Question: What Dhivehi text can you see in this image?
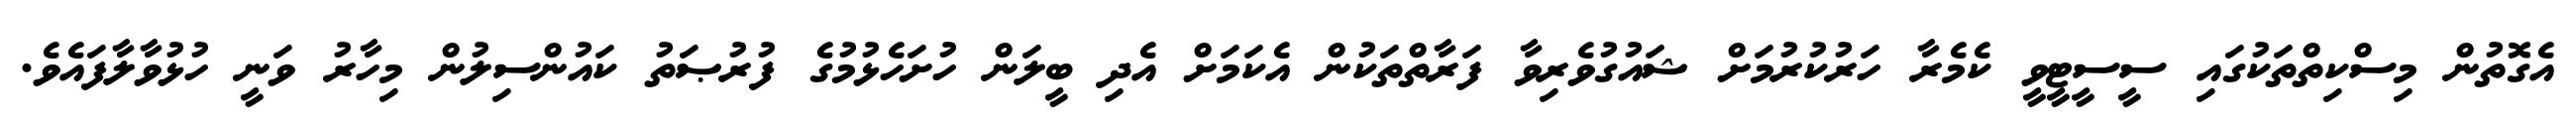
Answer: އެގޮތުން މިސްކިތްތަކުގައި ސީސީޓީވީ ކެމެރާ ހަރުކުރުމަށް ޝައުގުވެރިވާ ފަރާތްތަކުން އެކަމަށް އެދި ބީލަން ހުށަހެޅުމުގެ ފުރުޞަތު ކައުންސިލުން މިހާރު ވަނީ ހުޅުވާލާފައެވެ.